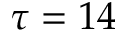
\tau = 1 4